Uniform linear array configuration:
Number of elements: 32
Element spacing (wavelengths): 0.75
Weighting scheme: uniform
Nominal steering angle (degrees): -30
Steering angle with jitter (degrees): -31.531
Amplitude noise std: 0.05
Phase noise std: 0.05

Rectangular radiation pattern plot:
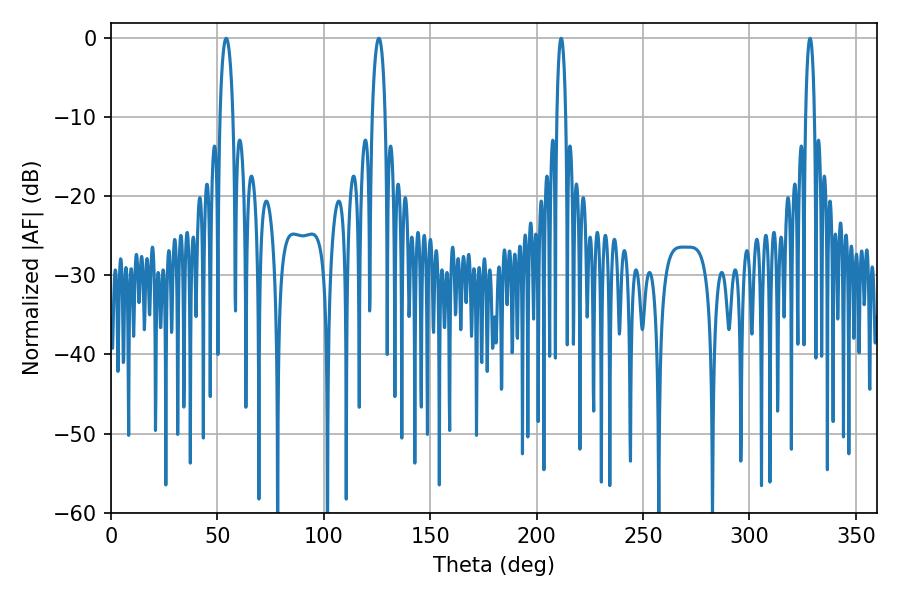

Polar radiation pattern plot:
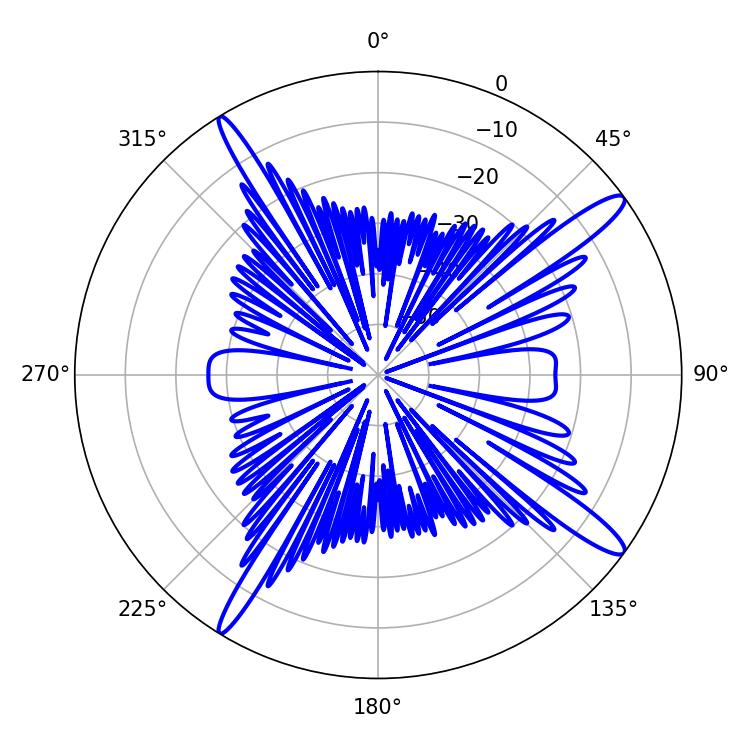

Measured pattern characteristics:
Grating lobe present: TRUE
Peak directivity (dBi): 14.954
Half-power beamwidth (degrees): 2.34
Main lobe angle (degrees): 211.5